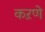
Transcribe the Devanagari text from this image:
कऱणे